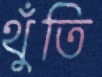
থুঁতি